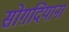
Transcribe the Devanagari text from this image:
सोग़दियाना